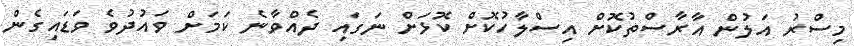
މިސްރު އަލުން އާރާސްތުކޮށް އިސްލާހުކޮށް ކޮޅަށް ނަގައި ދެއްވާނެ ކަމަށް ވައުދުވެ ވަޑައިގެން